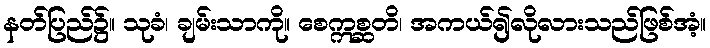
နတ်ပြည်၌။ သုခံ၊ ချမ်းသာကို။ စေဣစ္ဆတိ၊ အကယ်၍လိုလားသည်ဖြစ်အံ့။